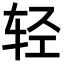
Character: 轻